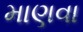
માણવા